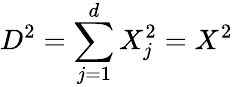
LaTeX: D^{2}=\sum_{j=1}^{d}X_{j}^{2}=X^{2}